Indian journal of veterinary science and animal husbandry - Volume 12,
Year: 1942
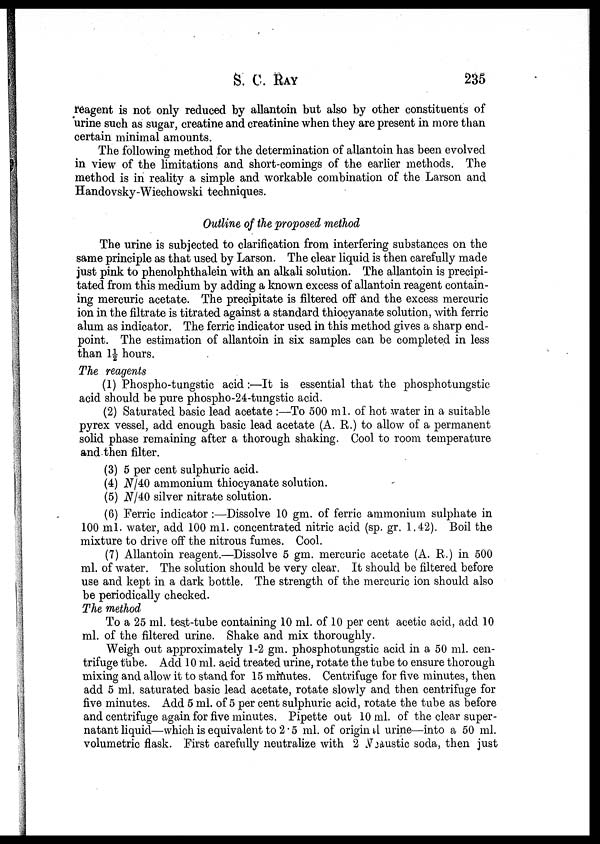
S. C. RAY 235
reagent is not only reduced by allantoin but also by other constituents of
urine such as sugar, creatine and creatinine when they are present in more than
certain minimal amounts.
The following method for the determination of allantoin has been evolved
in view of the limitations and short-comings of the earlier methods. The
method is in reality a simple and workable combination of the Larson and
Handovsky-Wiechowski techniques.
Outline of the proposed method
The urine is subjected to clarification from interfering substances on the
same principle as that used by Larson. The clear liquid is then carefully made
just pink to phenolphthalein with an alkali solution. The allantoin is precipi-
tated from this medium by adding a known excess of allantoin reagent contain-
ing mercuric acetate. The precipitate is filtered off and the excess mercuric
ion in the filtrate is titrated against a standard thiocyanate solution, with ferric
alum as indicator. The ferric indicator used in this method gives a sharp end-
point. The estimation of allantoin in six samples can be completed in less
than 1½ hours.
The reagents
(1) Phospho-tungstic acid:—It is essential that the phosphotungstic
acid should be pure phospho-24-tungstic acid.
(2) Saturated basic lead acetate :—To 500 ml. of hot water in a suitable
pyrex vessel, add enough basic lead acetate (A. R.) to allow of a permanent
solid phase remaining after a thorough shaking. Cool to room temperature
and then filter.
(3) 5 per cent sulphuric acid.
(4) N/40 ammonium thiocyanate solution.
(5) N/40 silver nitrate solution.
(6) Ferric indicator:—Dissolve 10 gm. of ferric ammonium sulphate in
100 ml. water, add 100 ml. concentrated nitric acid (sp. gr. 1.42). Boil the
mixture to drive off the nitrous fumes. Cool.
(7) Allantoin reagent.—Dissolve 5 gm. mercuric acetate (A. R.) in 500
ml. of water. The solution should be very clear. It should be filtered before
use and kept in a dark bottle. The strength of the mercuric ion should also
be periodically checked.
The method
To a 25 ml. test-tube containing 10 ml. of 10 per cent acetic acid, add 10
ml. of the filtered urine. Shake and mix thoroughly.
Weigh out approximately 1-2 gm. phosphotungstic acid in a 50 ml. cen-
trifuge tube. Add 10 ml. acid treated urine, rotate the tube to ensure thorough
mixing and allow it to stand for 15 minutes. Centrifuge for five minutes, then
add 5 ml. saturated basic lead acetate, rotate slowly and then centrifuge for
five minutes. Add 5 ml. of 5 per cent sulphuric acid, rotate the tube as before
and centrifuge again for five minutes. Pipette out 10 ml. of the clear super-
natant liquid—which is equivalent to 2.5 ml. of original urine—into a 50 ml.
volumetric flask. First carefully neutralize with 2 Neaustic soda, then just